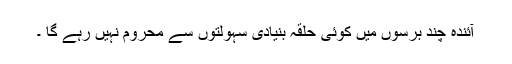
آئندہ چند برسوں میں کوئی حلقہ بنیادی سہولتوں سے محروم نہیں رہے گا ۔